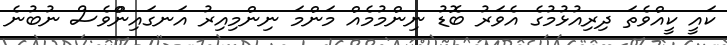
ކައީ ކީއްވެތަ ދިރިއުޅުމުގެ އެވަރު ބޮޑު ނިންމުމެއް މަންމަ ނިންމިއިރު އަނގައިންްވެސް ނުބުނެ